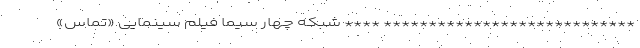
**************************** **** شبکه چهار سیما فیلم سینمایی «تماس»